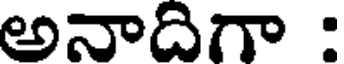
అనాదిగా :